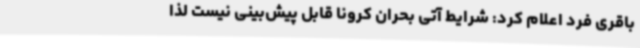
باقری فرد اعلام کرد: شرایط آتی بحران کرونا قابل پیش‌بینی نیست لذا